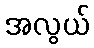
အလွယ်